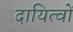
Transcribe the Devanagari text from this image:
दायित्‍वों